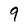
Character: 9